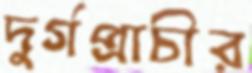
দুর্গপ্রাচীর